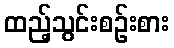
ထည့်သွင်းစဉ်းစား